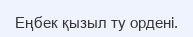
Еңбек қызыл ту ордені.